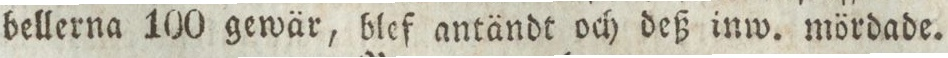
bellerna 100 gewär, blef antändt och deß inw. mördade.